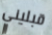
قبليني